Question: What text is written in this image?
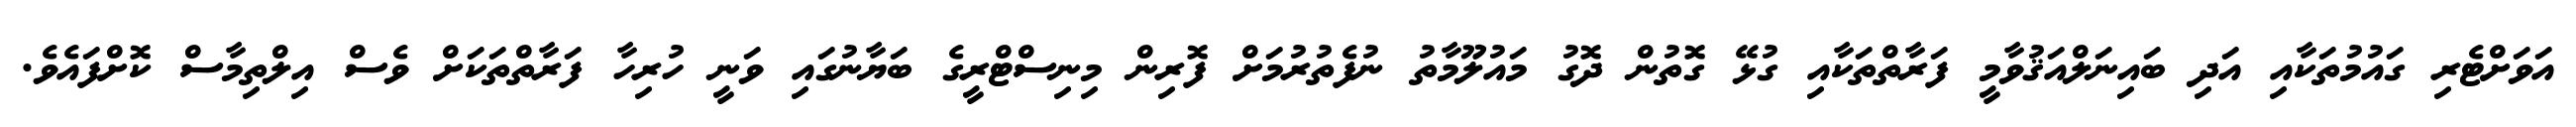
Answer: އަވަށްޓެރި ގައުމުތަކާއި އަދި ބައިނަލްއަޤުވާމީ ފަރާތްތަކާއި ގުޅޭ ގޮތުން ދޮގު މައުލޫމާތު ނުފެތުރުމަށް ފޮރިން މިނިސްޓްރީގެ ބަޔާނުގައި ވަނީ ހުރިހާ ފަރާތްތަކަށް ވެސް އިލްތިމާސް ކޮށްފައެވެ.